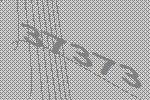
37373